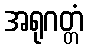
အရုဂတ္တံ